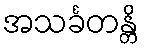
အသင်္ခတန္တိ